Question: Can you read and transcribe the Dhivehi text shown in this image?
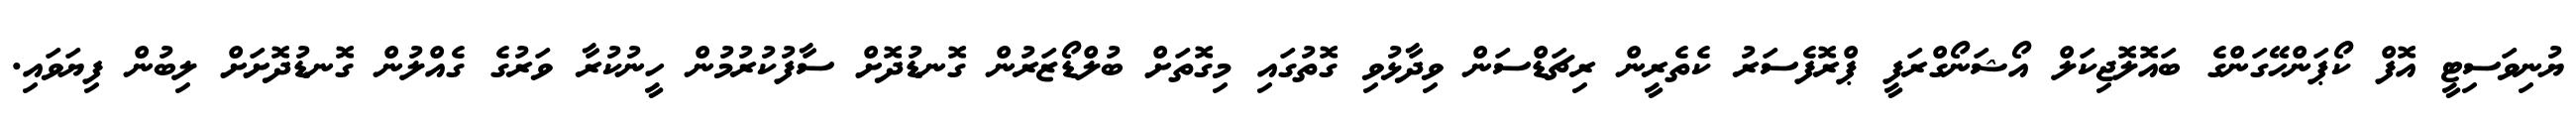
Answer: ޔުނިވަސިޓީ އޮފް ކޯޕަންހޭގަންގެ ބައޮލޮޖިކަލް އޯޝަނޯގްރަފީ ޕްރޮފެސަރު ކެތެރީން ރިޗަޑްސަން ވިދާޅުވި ގޮތުގައި މިގޮތަށް ބުލްޑޯޒަރުން ގޮނޑުދޮށް ސާފުކުރުމުން ހީނުކުރާ ވަރުގެ ގެއްލުން ގޮނޑުދޮށަށް ލިބުން ފިޔަވައި.